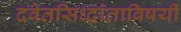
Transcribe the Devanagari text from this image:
दवेतसिध्दांताविषयी